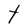
Character: t